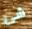
شئ